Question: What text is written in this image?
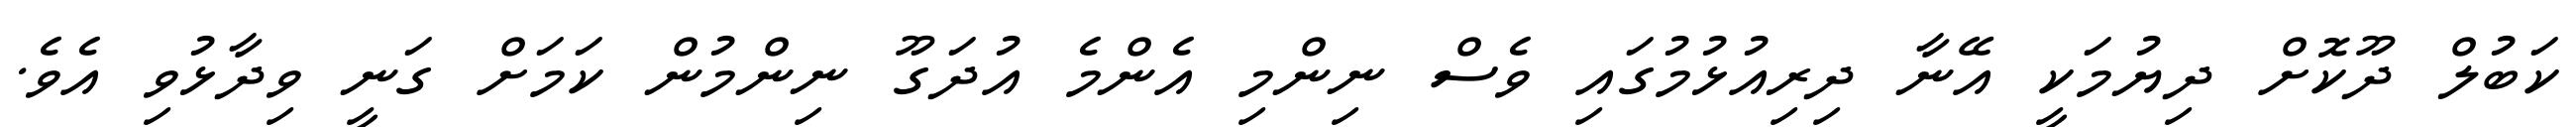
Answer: ކަބުލް ދޫކޮށް ދިޔުމަކީ އޭނާ ދިރިއުޅުމުގައި ވެސް ނިންމި އެންމެ އުދަގޫ ނިންމުން ކަމަށް ގަނީ ވިދާޅުވި އެވެ.